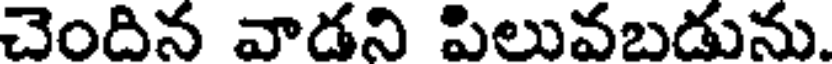
చెందిన వాడని పిలువబడును.